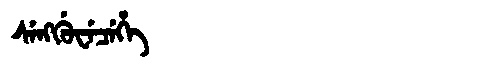
Manchu: ᠰᡝᠩᡤᡠᠸᡝᠴᡝᡥᡝ
Romanization: SENGGUWECEHE